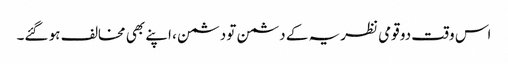
اس وقت دو قومی نظریہ کے دشمن تو دشمن ، اپنے بھی مخالف ہو گئے۔